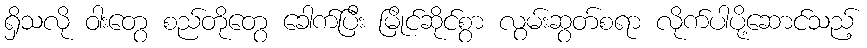
ရှိသလို ဝါးတွေ စည်တိုတွေ ခေါက်ပြီး မြိုင်ဆိုင်စွာ လွမ်းဆွတ်စရာ လိုက်ပါပို့ဆောင်သည့်